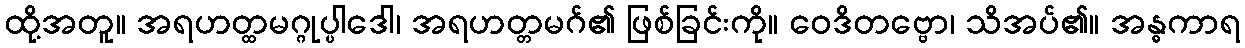
ထို့အတူ။ အရဟတ္ထမဂ္ဂုပ္ပါဒေါ၊ အရဟတ္တမဂ်၏ ဖြစ်ခြင်းကို။ ဝေဒိတဗ္ဗော၊ သိအပ်၏။ အန္ဓကာရ